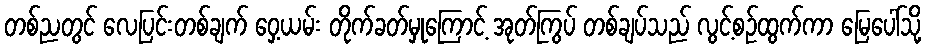
တစ်ညတွင် လေပြင်းတစ်ချက် ဝှေ့ယမ်း တိုက်ခတ်မှုကြောင့် အုတ်ကြွပ် တစ်ချပ်သည် လွင့်စဉ်ထွက်ကာ မြေပေါ်သို့